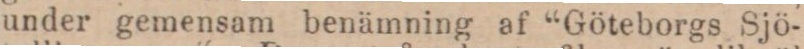
under gemensam benämning af “Göteborgs Sjö-